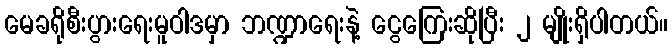
မေခရိုစီးပွားရေးမူဝါဒမှာ ဘဏ္ဍာရေးနဲ့ ငွေကြေးဆိုပြီး ၂ မျိုးရှိပါတယ်။